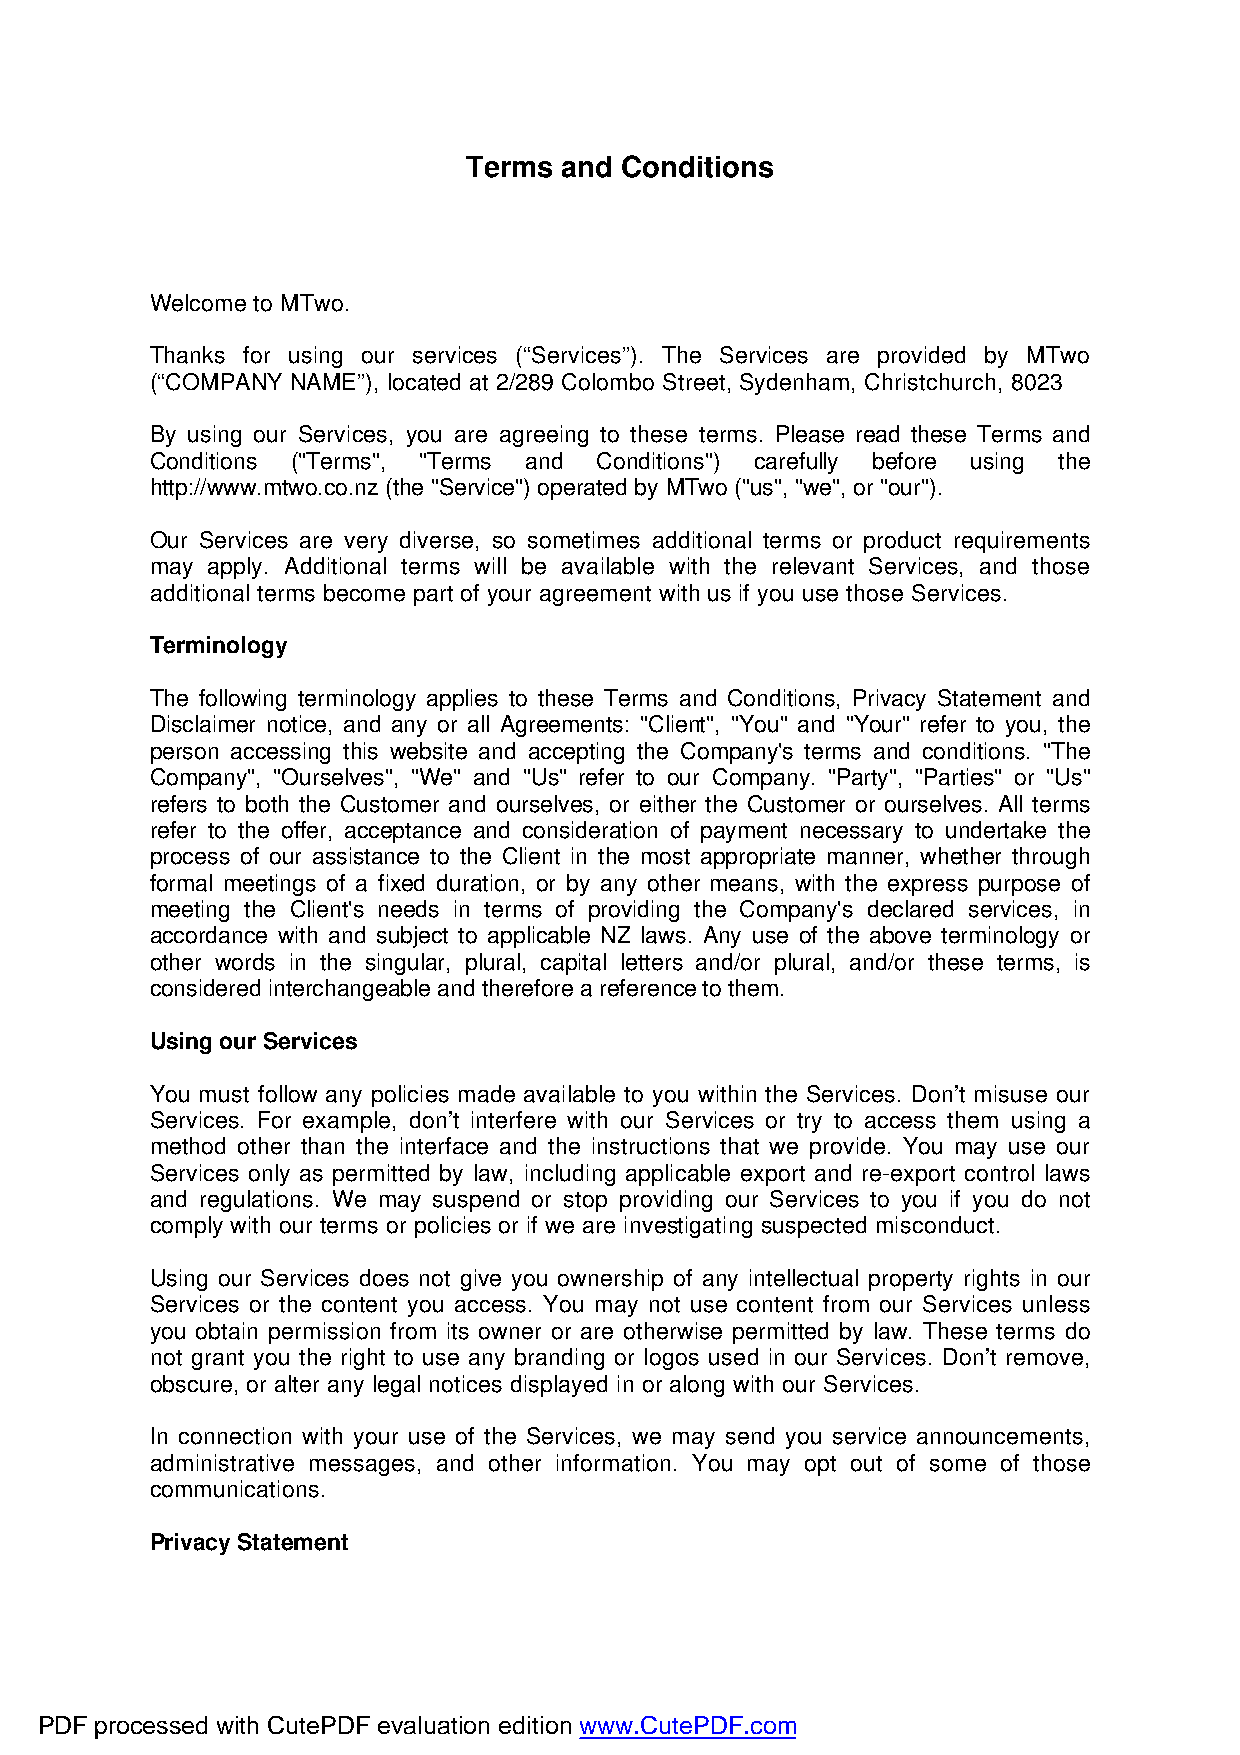
Terms and Conditions
 Welcome to MTwo.
 Thanks for using our services (“Services”). The Services are provided by MTwo
 (“COMPANY NAME”), located at 2/289 Colombo Street, Sydenham, Christchurch, 8023
 By using our Services, you are agreeing to these terms. Please read these Terms and
 Conditions ("Terms", "Terms and Conditions") carefully before using the
 http://www.mtwo.co.nz (the "Service") operated by MTwo ("us", "we", or "our").
 Our Services are very diverse, so sometimes additional terms or product requirements
 may apply. Additional terms will be available with the relevant Services, and those
 additional terms become part of your agreement with us if you use those Services.
 Terminology
 The following terminology applies to these Terms and Conditions, Privacy Statement and
 Disclaimer notice, and any or all Agreements: "Client", "You" and "Your" refer to you, the
 person accessing this website and accepting the Company's terms and conditions. "The
 Company", "Ourselves", "We" and "Us" refer to our Company. "Party", "Parties" or "Us"
 refers to both the Customer and ourselves, or either the Customer or ourselves. All terms
 refer to the offer, acceptance and consideration of payment necessary to undertake the
 process of our assistance to the Client in the most appropriate manner, whether through
 formal meetings of a fixed duration, or by any other means, with the express purpose of
 meeting the Client's needs in terms of providing the Company's declared services, in
 accordance with and subject to applicable NZ laws. Any use of the above terminology or
 other words in the singular, plural, capital letters and/or plural, and/or these terms, is
 considered interchangeable and therefore a reference to them.
 Using our Services
 You must follow any policies made available to you within the Services. Don’t misuse our
 Services. For example, don’t interfere with our Services or try to access them using a
 method other than the interface and the instructions that we provide. You may use our
 Services only as permitted by law, including applicable export and re-export control laws
 and regulations. We may suspend or stop providing our Services to you if you do not
 comply with our terms or policies or if we are investigating suspected misconduct.
 Using our Services does not give you ownership of any intellectual property rights in our
 Services or the content you access. You may not use content from our Services unless
 you obtain permission from its owner or are otherwise permitted by law. These terms do
 not grant you the right to use any branding or logos used in our Services. Don’t remove,
 obscure, or alter any legal notices displayed in or along with our Services.
 In connection with your use of the Services, we may send you service announcements,
 administrative messages, and other information. You may opt out of some of those
 communications.
 Privacy Statement
 PDF processed with CutePDF evaluation edition www.CutePDF.com